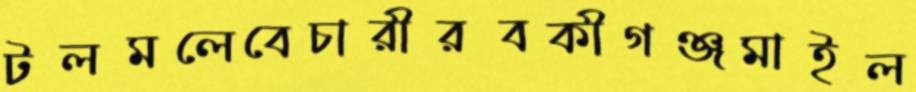
টলমলেবেচারীরবকীগঞ্জমাইল